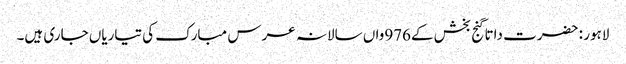
لاہور : حضرت داتا گنج بخش کے976واں سالانہ عرس مبارک کی تیاریاں جاری ہیں۔